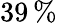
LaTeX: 39\, \%